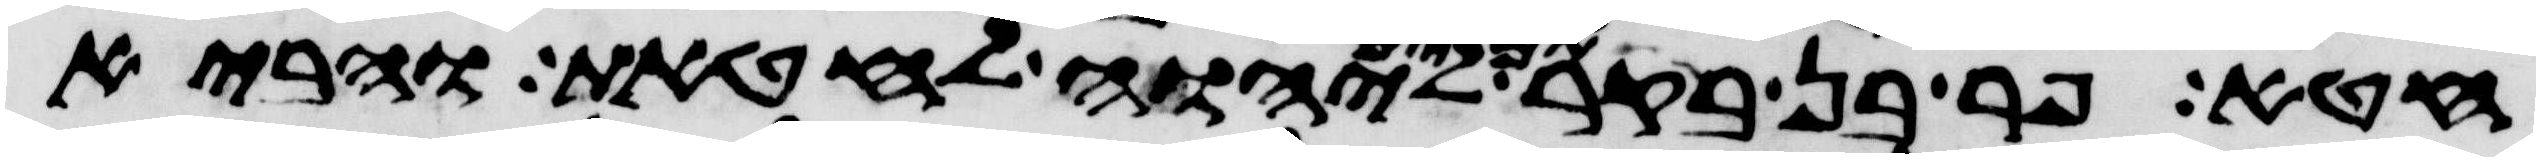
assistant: חטא פר בן בקר תמים ליהוה לחטאת והביא